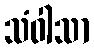
သံဝါသာ